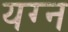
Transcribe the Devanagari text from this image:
यग्न